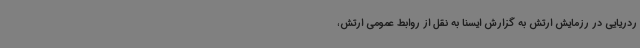
ردریایی در رزمایش ارتش به گزارش ایسنا به نقل از روابط عمومی ارتش،